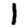
Digit: 1